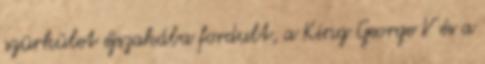
szürkület éjszakába fordult, a King George V és a